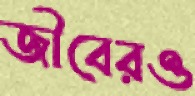
জীবেরও